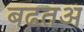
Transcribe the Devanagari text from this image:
बढतअ